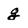
Character: g